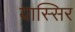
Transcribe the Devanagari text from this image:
यास्सिर